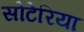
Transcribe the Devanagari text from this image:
सोटेरिया